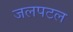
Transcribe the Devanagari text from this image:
जलपटल